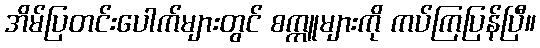
အိမ်ပြတင်းပေါက်များတွင် စက္ကူများကို ကပ်ကြပြန်ပြီ။